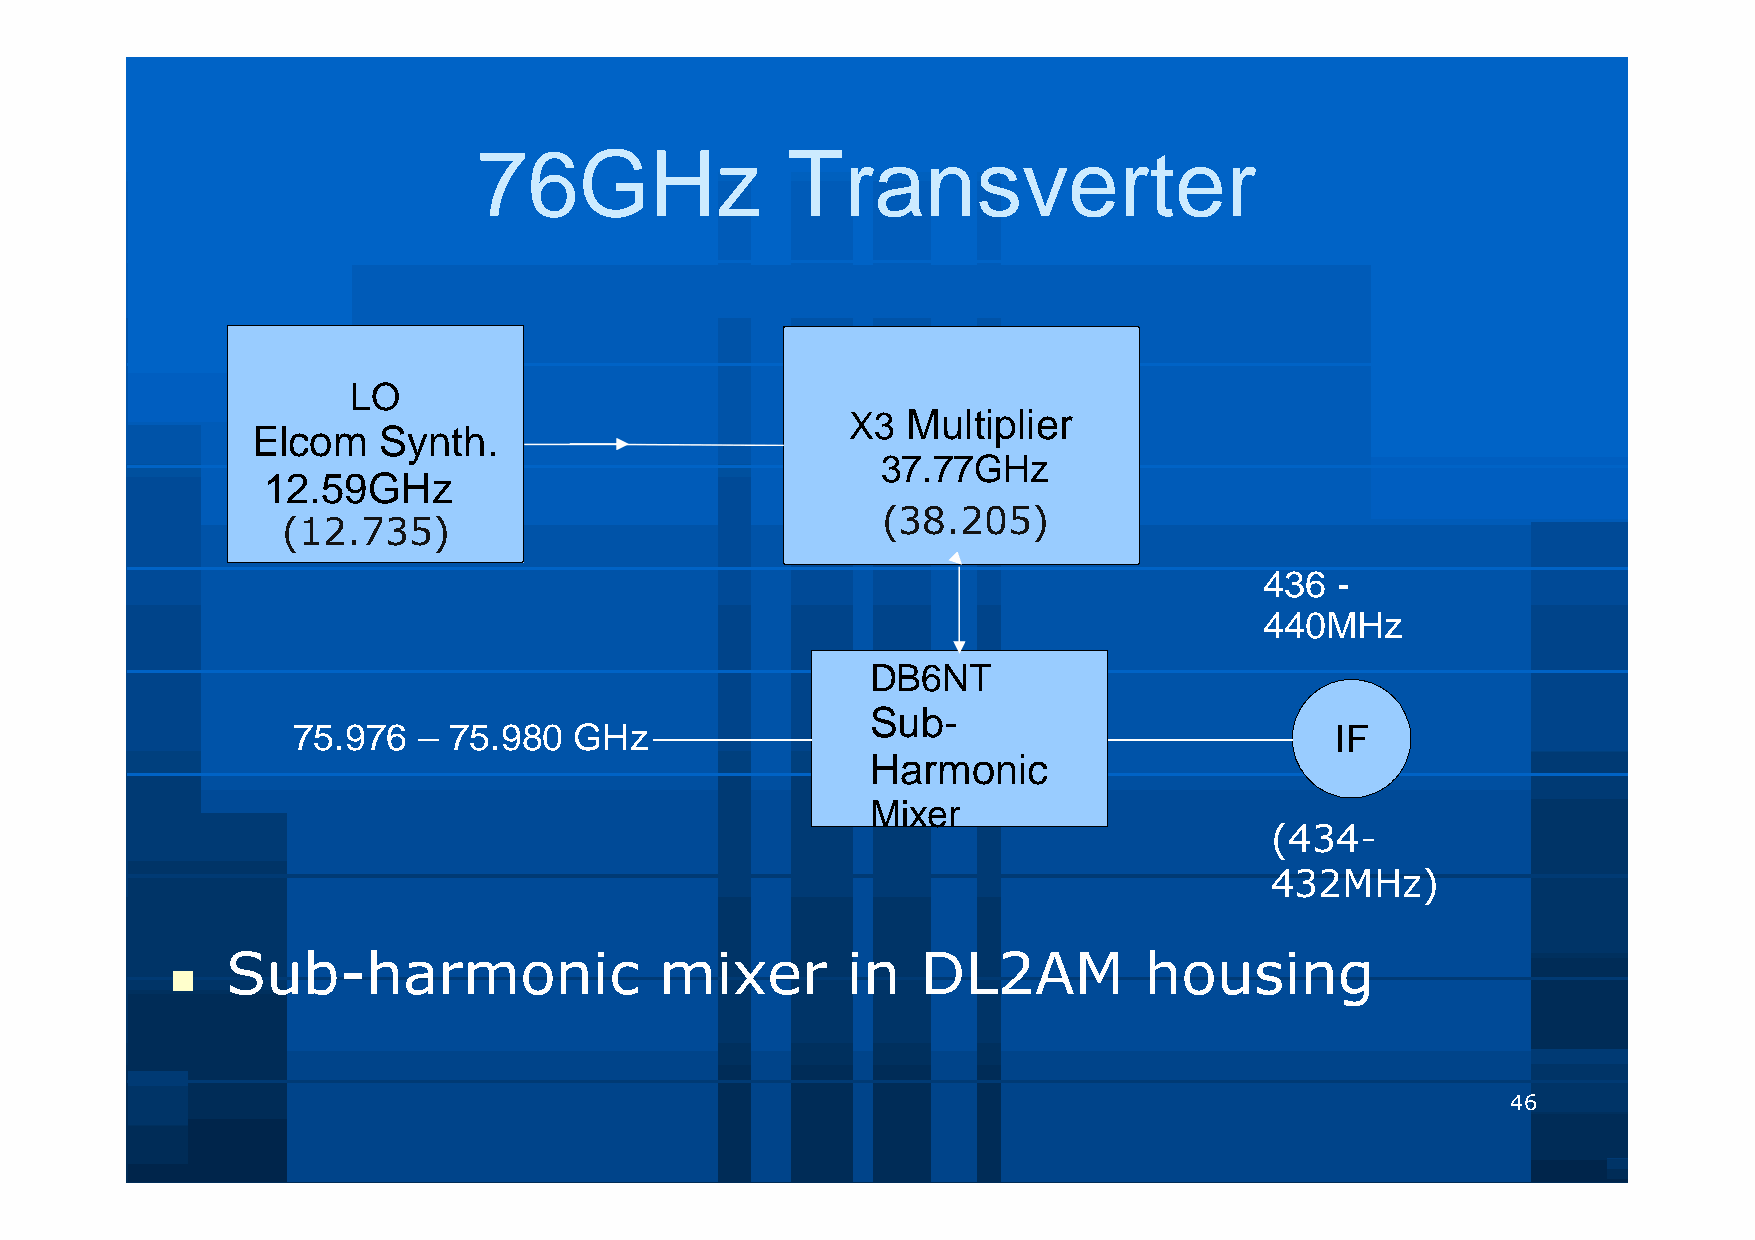
76GHz               Transverter
 LO
 X3  Multiplier
 Elcom   Synth.
 37.77GHz
 12.59GHz
 (38.205)
 (12.735)
 436 -
 440MHz
 DB6NT
 Sub-
 75.976   – 75.980  GHz                                               IF
 Harmonic
 Mixer
 (434-
 432MHz)
 Sub-harmonic                 mixer       in   DL2AM          housing
 
 46